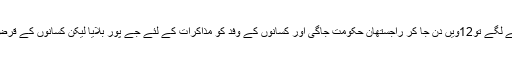
جب کسانوں کی تحریک کی وجہ سے حالات بے قابو ہونے لگے تو12ویں دن جا کر راجستھان حکومت جاگی اور کسانوں کے وفد کو مذاکرات کے لئے جے پور بلایا لیکن کسانوں کے قرض معافی کے مطالبہ کے معاملے پر سمجھوتہ نہیں ہو پایا۔